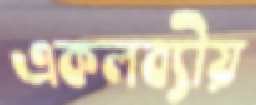
একলব্যীয়